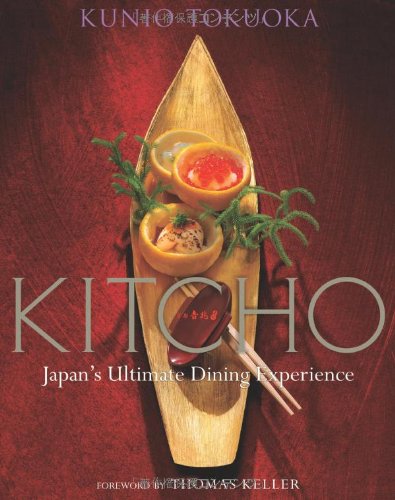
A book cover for Kitcho: Japan's Ultimate Dining Experience; Kunio Tokuoka; Cookbooks, Food & Wine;